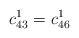
\begin{align*}c_{43}^1=c_{46}^1\end{align*}